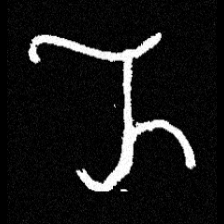
Pyu character \u2014 Myanmar letter: ည (romanized: nya)